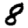
Digit: 8